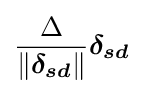
{\frac {\Delta }{\left\|{\boldsymbol {\delta _{sd}}}\right\|}}{\boldsymbol {\delta _{sd}}}